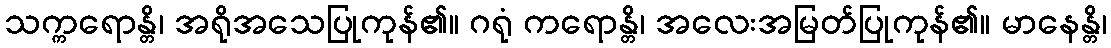
သက္ကရောန္တိ၊ အရိုအသေပြုကုန်၏။ ဂရုံ ကရောန္တိ၊ အလေးအမြတ်ပြုကုန်၏။ မာနေန္တိ၊